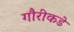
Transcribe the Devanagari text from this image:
गौरीकडे